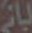
بانی